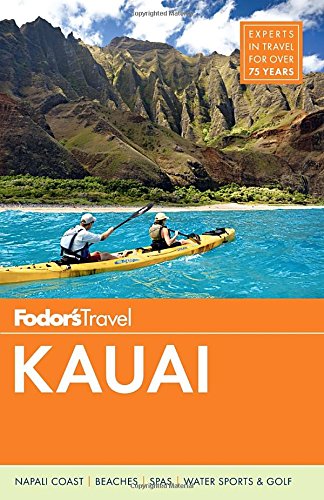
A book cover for Fodor's Kauai (Full-color Travel Guide); Fodor's; Travel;